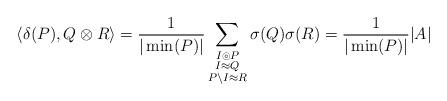
LaTeX: \begin{align*}\langle \delta(P),Q\otimes R\rangle&=\frac{1}{|\min(P)|} \sum_{\substack{I\circledcirc P\\I\approx Q\\ P\setminus I \approx R}} \sigma(Q)\sigma(R)=\frac{1}{|\min(P)|} |A|\end{align*}